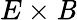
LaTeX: E\times\mathit{B}